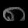
Digit: ၈